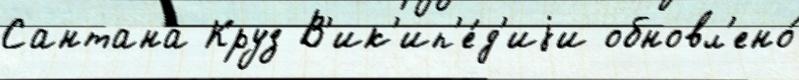
Сантана Круз В'ик'ип'е́д'иjи обновл'ено́